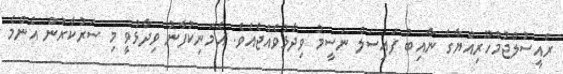
ރައީސުލްޖުމްހޫރިއްޔާގެ ނާއިބު ފައިސަލް ނަސީމު ވިދާޅުވެއްޖެއެވެ. އެމަނިކުފާނު ވިދާޅުވީ މި ސަރުކާރުން އެންމެ